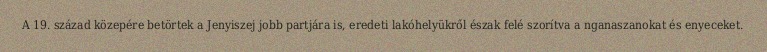
A 19. század közepére betörtek a Jenyiszej jobb partjára is, eredeti lakóhelyükről észak felé szorítva a nganaszanokat és enyeceket.